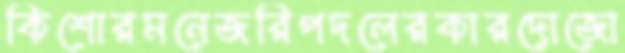
কিশোরমনেজরিপদলেরকারদোজো